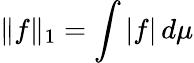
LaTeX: \| f\| _{1}=\int|f|\, d\mu